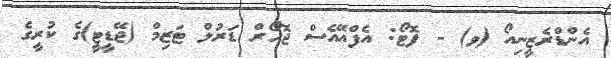
އެންޑްރެޒީނިއޯ (ވ) - ފޮޓޯ: އެފްއޭއެސް ޖޮހޯރް ޑަރުލް ޓަޒިމް (ޖޭޑީޓީ)ގެ ކުރީގެ